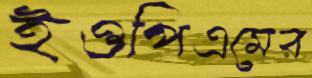
ইওপিএমের